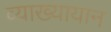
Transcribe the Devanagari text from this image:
व्याख्यायान